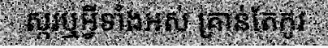
ស្ករឬអ្វីទាំងអស់ គ្រាន់តែកូរ